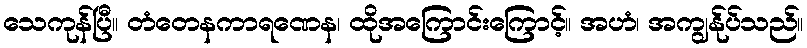
သေကုန်ပြီ။ တံတေနကာရဏေန၊ ထိုအကြောင်းကြောင့်။ အဟံ၊ အကျွန်ုပ်သည်။